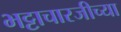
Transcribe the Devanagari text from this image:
भट्टाचारजीच्या